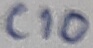
Text: C10